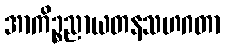
အာကိဉ္စညာယတနသဟဂတာ